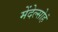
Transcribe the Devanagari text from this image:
मेंदेल्सोहं